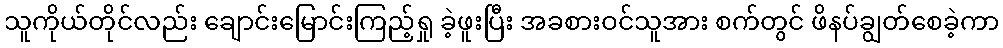
သူကိုယ်တိုင်လည်း ချောင်းမြောင်းကြည့်ရှု ခဲ့ဖူးပြီး အခစားဝင်သူအား စက်တွင် ဖိနပ်ချွတ်စေခဲ့ကာ